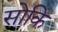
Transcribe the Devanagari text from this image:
सोकि